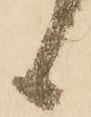
候